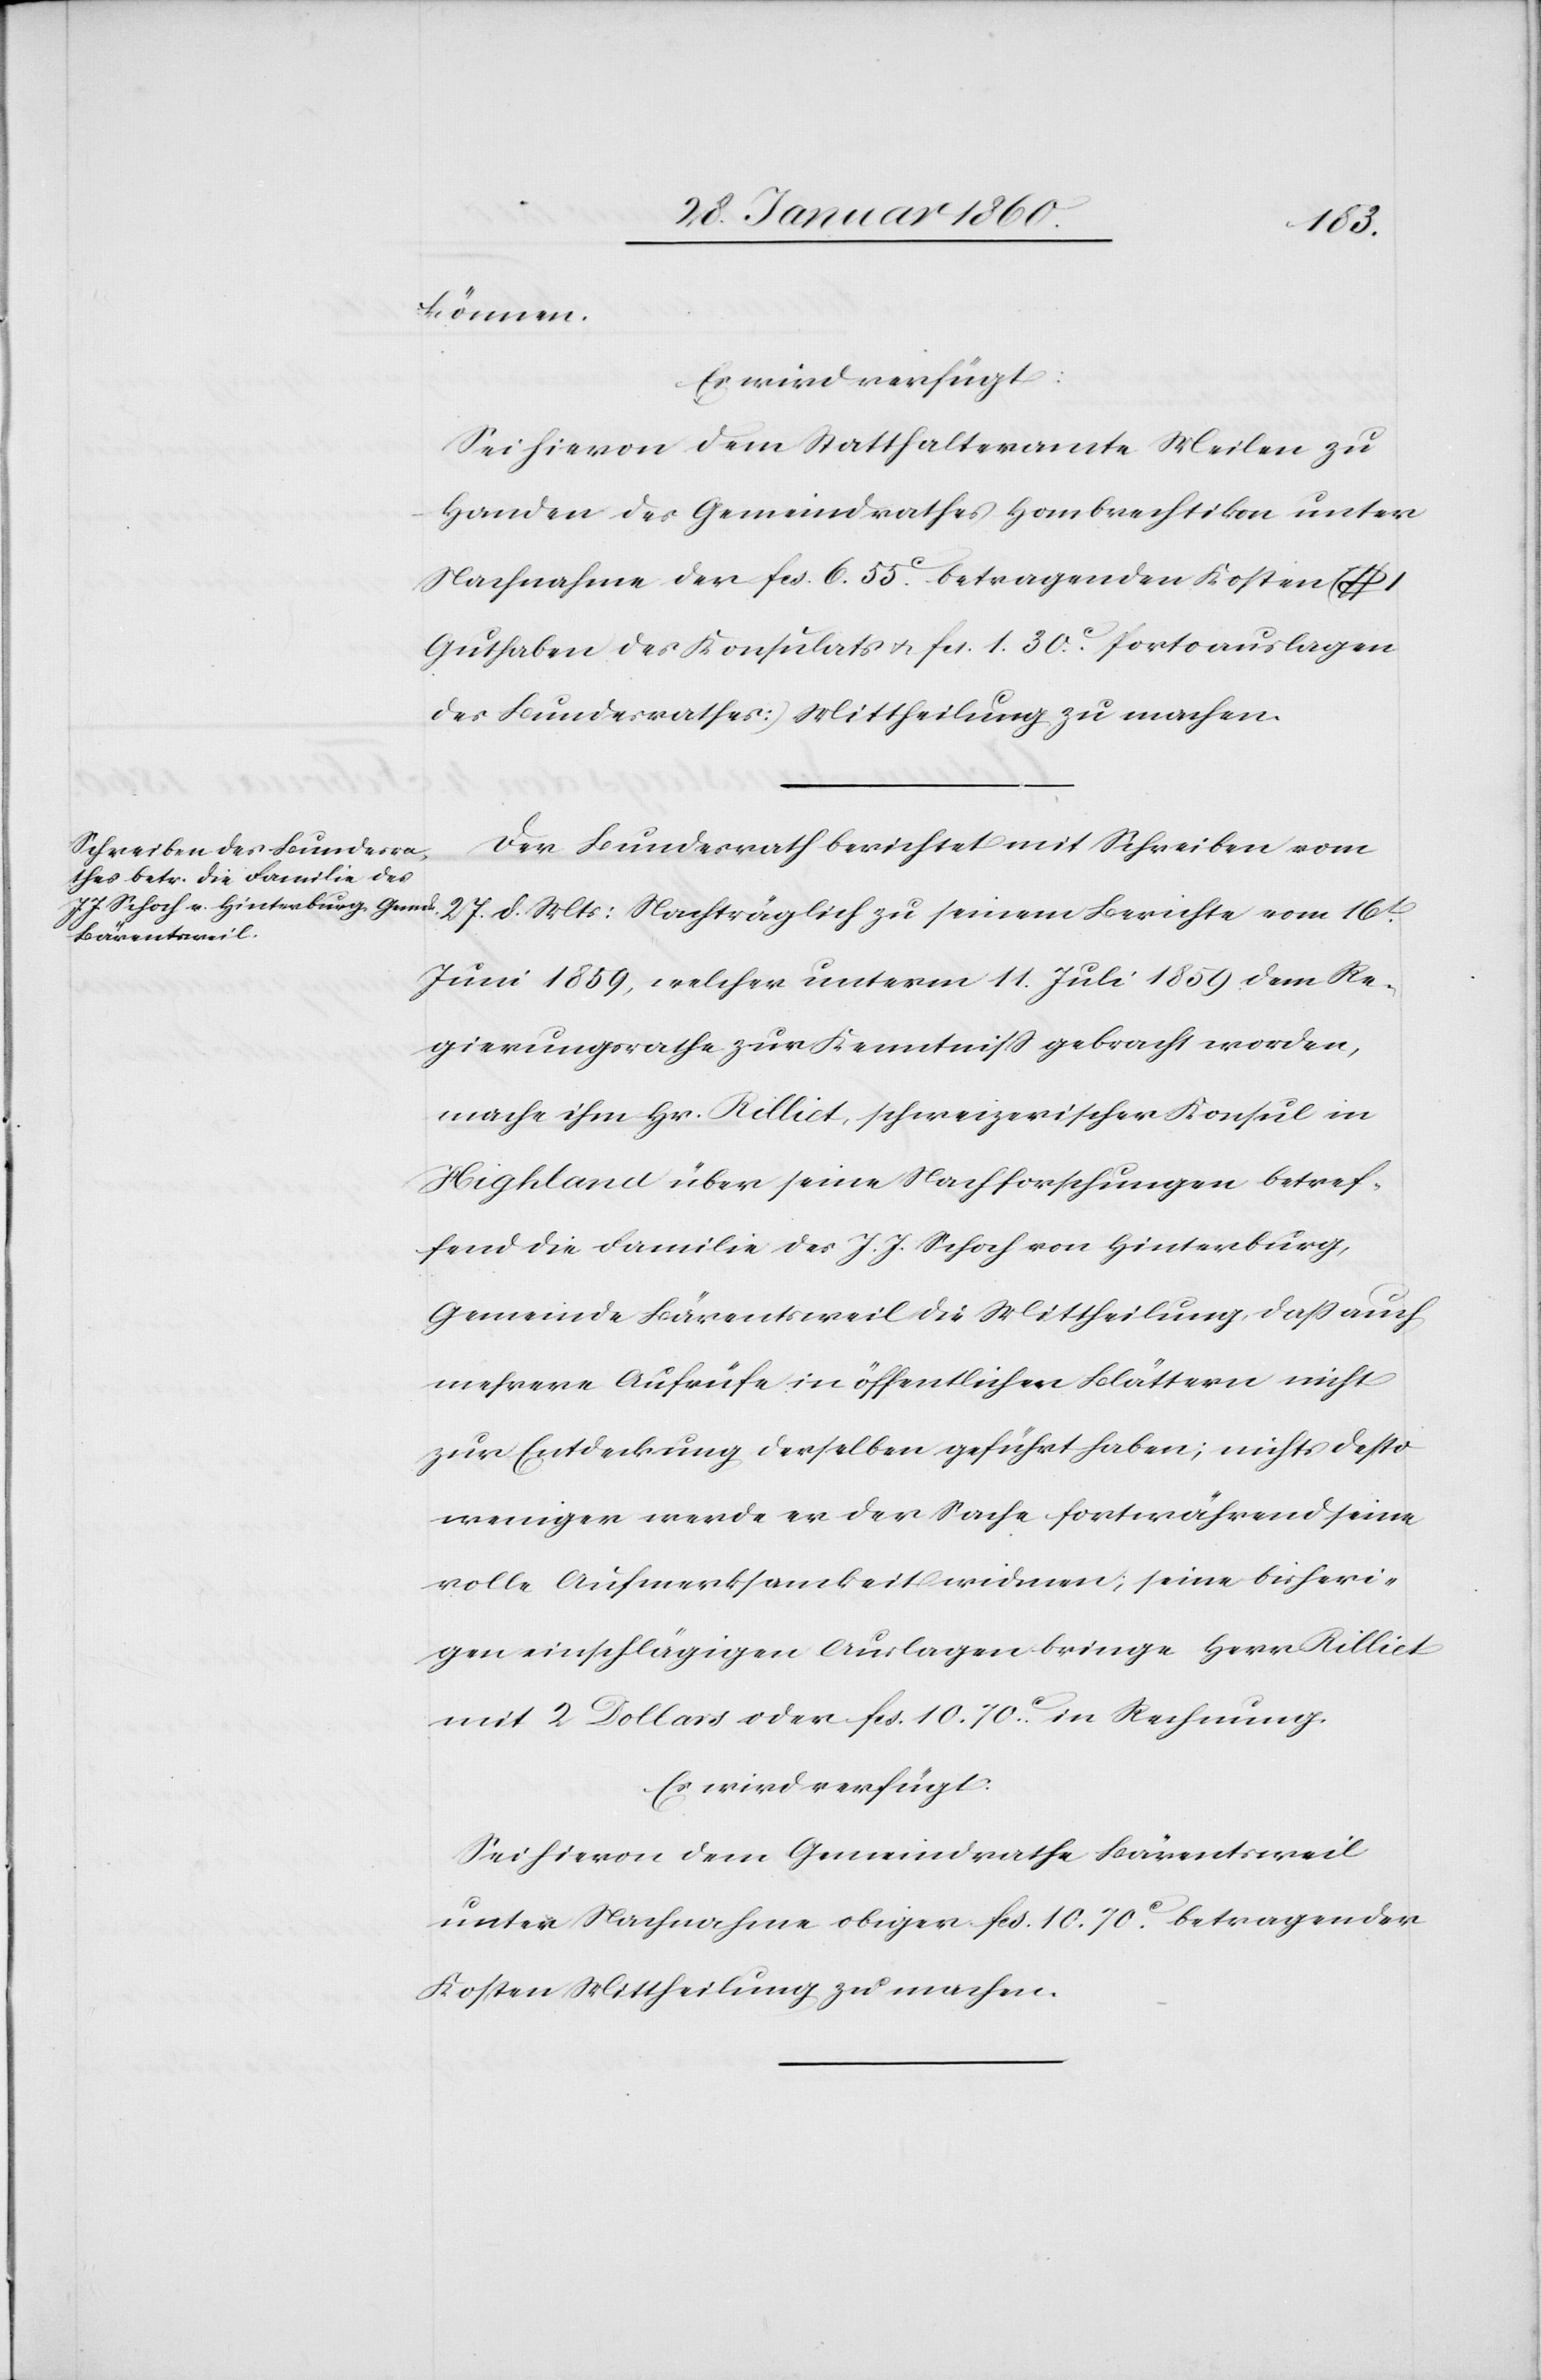
31. Januar 1860.]
können.
es wird verfügt:
Sei hievon dem Statthalteramte Meilen zu
Handen des Gemeindrathes Hombrechtikon unter
Nachnahme der fcs. 6. 55C betragenden Kosten ($
Guthaben des Konsulats u. fcs. 1. 30C Portoauslagen
des Bundesrathes) Mittheilung zu machen.
Der Bundesrath berichtet mit Schreiben vom
27. d. Mts: Nachträglich zu seinem Berichte vom 16t
Juni 1859, welcher unterm 11 Juli 1859 dem Re¬
gierungsrathe zur Kenntniß gebracht worden,
mache ihm Hr. Rillict, schweizerischer Konsul in
Highland über seine Nachforschungen betref¬
fend die Familie des J. J. Schoch von Hinterburg,
Gemeinde Bärentsweil die Mittheilung, dass auch
mehrere Aufrufe in öffentlichen Blättern nicht
zur Entdeckung derselben geführt haben; nichts desto
weniger werde er der Sache fortwährend seine
volle Aufmerksamkeit widmen, seine bisheri¬
gen einschlägigen Auslagen bringe Herr Rillict
mit 2. Dollars oder fcs. 10 70C in Rechnung.
Es wird verfügt.
Sei hiervon dem Gemeindrathe Bärentsweil
unter Nachnahme obiger fcs. 10 70C betragenden
Kosten Mittheilung zu machen.